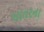
ખાતરના